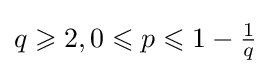
q\geqslant 2,0\leqslant p\leqslant 1-{\tfrac {1}{q}}